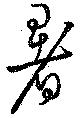
暑